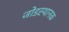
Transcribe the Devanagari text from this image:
जोडस्थानक